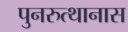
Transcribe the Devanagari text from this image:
पुनरुत्थानास